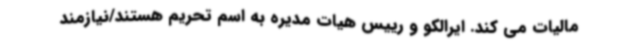
مالیات می کند. ایرالکو و رییس هیات مدیره به اسم تحریم هستند/نیازمند